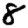
Digit: 8